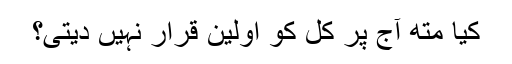
کیا متھ آج پر کل کو اوّلین قرار نہیں دیتی؟